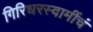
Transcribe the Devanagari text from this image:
गिरिधरस्वामींचं